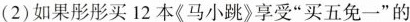
(2)如果彤彤买12本《马小跳》享受”买五免一”的